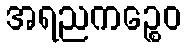
အရညကဉ္စေဝ